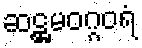
ဆဋ္ဌမဝဂ္ဂဝရံ